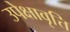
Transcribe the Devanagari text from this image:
उपेक्षावृत्ति